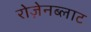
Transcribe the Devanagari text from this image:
रोज़ेनब्लाट